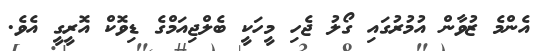
އެންމެ ޒުވާން އުމުރުގައި ގޯލު ޖެހި މީހަކީ ބެލްޖިއަމްގެ ޑިވޮކް އޮރީގީ އެވެ.